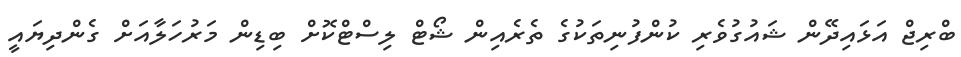
ބްރިޖް އަޅައިދޭން ޝައުުގުވެރި ކުންފުނިތަކުގެ ތެރެއިން ޝޯޓް ލިސްޓްކޮށް ބިޑިން މަރުހަލާއަށް ގެންދިޔައީ